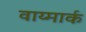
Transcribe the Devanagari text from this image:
वाय्मार्क